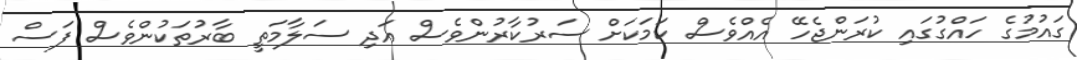
ގައުމުގެ ހައްގުގައި ކުރަންޖެހޭ އެއްވެސް ކަމަކަށް ސަރުކާރުންވެސް އަދި ސަލާމަތީ ބާރުތަކުންވެސް ފަސް